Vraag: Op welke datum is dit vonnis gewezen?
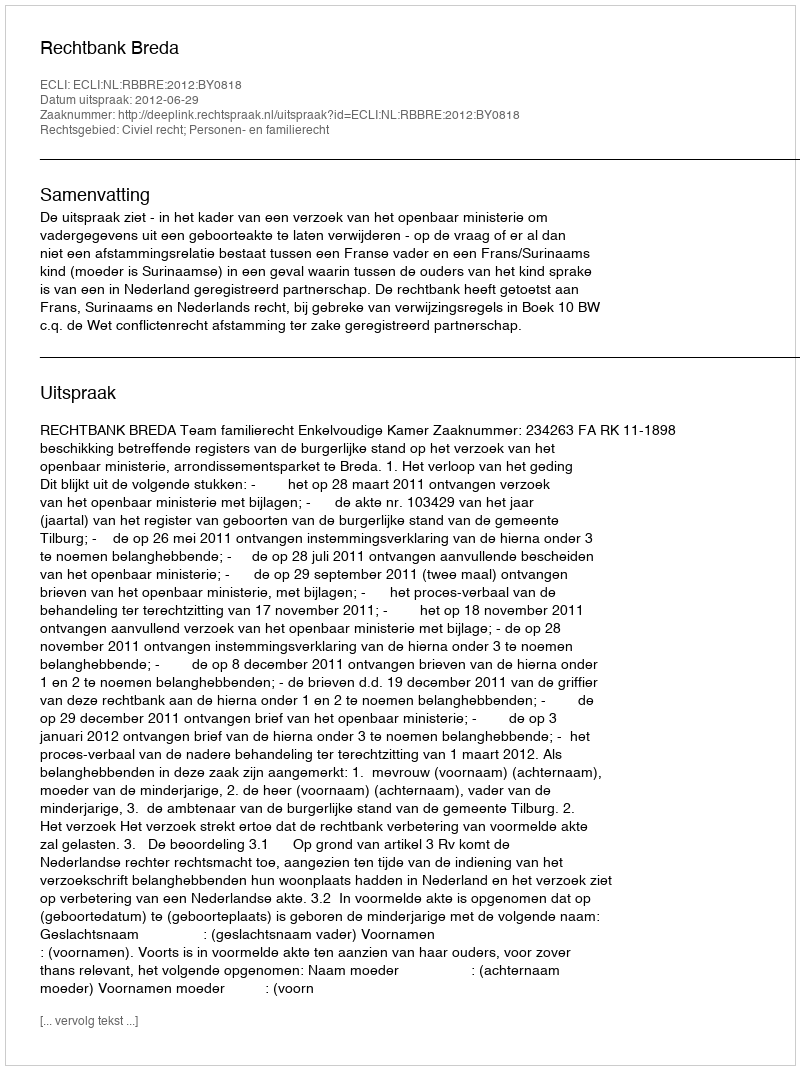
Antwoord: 2012-06-29